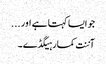
جو ایسا کہتا ہے اور ...
آننت کمار ہیگڈے۔